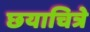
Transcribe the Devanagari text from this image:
छयाचित्रे